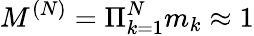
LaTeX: M^{(N)}=\Pi_{k=1}^{N}m_{k}\approx 1